Vaccination North-Western Provinces and Oudh 1878-1895 - 1878-1895
Year: 1878
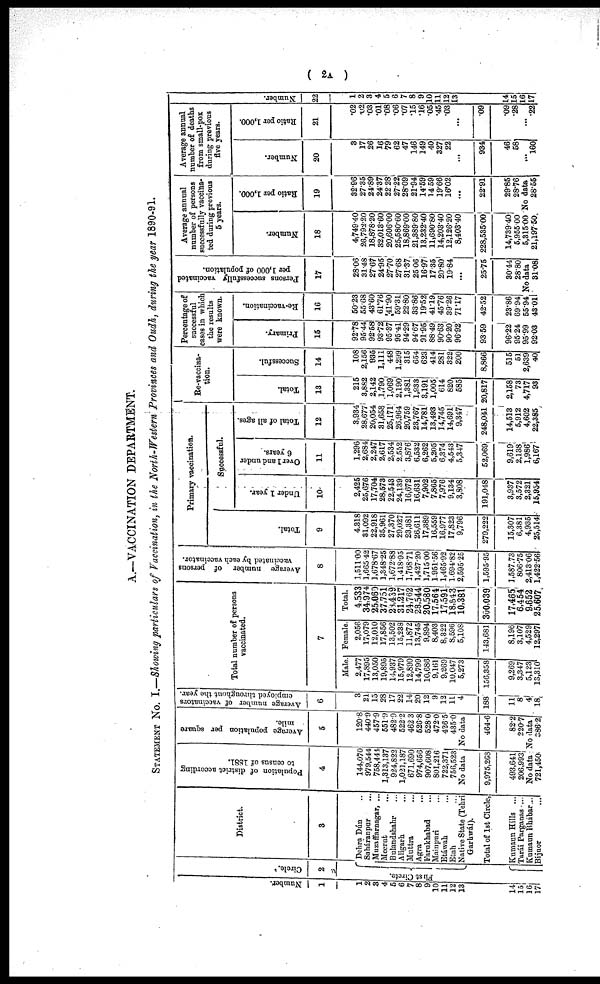
( 2A )
A.—VACCINATION DEPARTMENT.
STATEMENT No. I.—Showing particulars of Vaccination, in the North-Western Provinces and Oudh, during the year 1890-91.
Number
1
1
2
3
4
5
6
7
8
9
10
11
12
13
14
15
16
17
Circle.
2
Fi r st Ci r cl e.
District.
3
Dehra Dún ...
Saháranpur ...
Muzaffarnagar, ...
Meerut ...
Bulandshahr ...
Aligarh ...
Muttra ...
Agra ...
Farukhabad ...
Mainpuri ...
Etáwah ...
Etah ...
Native State (Tehri
Garhwál).
Total of 1st Circle,
Kumaun Hills ...
Tarái Parganas ...
Kumaun Bhábar ...
Bijnor
...
Population of district according
to census of 1881.
4
144,070
979,544
758,444
1,313,137
924,822
1,021,187
671,690
974,656
907,608
801,216
722,371
756,523
No data
9,975,268
493,641
206,993
No data
721,450
Average population per square
mile.
5
120.8
440.9
457.9
551.9
482.9
522.2
462.3
526.8
528.0
472.0
426.5
435.0
No data
464.6
82.2
220.7
No data
386.2
Average number of vaccinators
employed throughout the year.
6
3
21
15
28
17
22
14
20
12
9
12
11
4
188
11
8
4
18
Total number of persons
vaccinated.
7
Male
2,477
17,895
13,050
19,895
14,937
15,979
12,890
14,799
10,686
9,161
9,269
10,047
5,273
156,358
9,269
3,347
5,123
13,310
Female
2,056
17,079
12,010
17,856
13,502
15,238
11,872
13,745
9,894
8,403
8,322
8,596
5,108
143,681
8,196
3,107
4,529
12,297
Total.
4,533
34,974
25,060
37,751
28,439
31,217
24,762
28,544
20,580
17,564
17,591
18,643
10,381
300,039
17,465
6,454
9,652
25,607
Average number of persons
vaccinated by each vaccinator.
8
1,511.00
1,665.42
1,678.67
1,348.25
1,672.88
1,418.95
1,768.71
1,427.20
1,715.00
1,951.56
1,465.92
1,694.82
2,595.25
1,595.95
1,587.73
806.75
2,413.06
1,422.56
Primary vaccination.
Total.
9
4,318
31,092
22,918
35,961
27,370
29,027
23,381
26,611
17,389
16,559
16,977
17,823
9,796
279,222
15,307
6,381
4,935
25,514
Successful.
Under 1 year.
10
2,425
25,676
17,704
28,573
22,543
24,139
16,672
16,631
7,902
7,865
7,976
9,134
3,808
191,048
3,937
3,572
2,321
15,954
Over 1 and under
6 years.
11
1,296
2,684
2,247
2,617
2,534
2,552
3,876
6,532
6,262
5,205
6,374
4,543
5,347
52,069
9,619
2,138
1,986
6,167
Total of all ages.
12
3,934
28,677
20,054
31,658
25,171
26,964
20,759
23,767
14,781
13,493
14,745
14,691
9,347
248,041
14,513
5,912
4,602
22,385
Re-vaccina-
tion.
Total.
13
215
3,882
2,142
1,790
1,069
2,190
1,381
1,933
3,191
1,005
614
820
585
20,817
2,158
73
4,717
93
Successful.
14
108
2,156
935
1,111
448
1,299
315
654
623
414
281
322
200
8,866
515
51
2,639
40
Percentage of
successful
cases in which
the results
were known.
Primary.
15
92.78
95.44
92.58
93.72
95.37
95.41
94.29
94.67
91.95
88.49
90.63
90.20
96.92
93.59
96.22
95.24
95.99
92.03
Re-vaccination.
16
50.23
55.68
43.60
61.76
41.90
59.31
22.80
33.86
19.52
41.19
45.76
39.26
71.17
42.52
23.86
69.94
55.94
43.01
Persons successfully vaccinated
per 1,000 of population.
17
28.06
31.48
27.67
24.95
27.70
27.68
31.37
25.06
16.97
17.35
20.80
19.84
...
25.75
30.44
28.80
No data
31.08
Average annual
number of persons
successfully vaccina-
ted during previous
5 years.
Number.
18
4,749.40
26,792.20
18,878.20
32,013.60
20,606.00
25,580.60
18,869.00
21,389.80
13,232.40
11,690.80
14,203.40
12,126.20
8,403.40
228,535.00
14,739.40
5,955.00
5,315.00 21,197.50
Ratio per 1,000.
19
32.06
27.35
24.89
24.37 22.28
27.22
28.09
21.94
14.59
14.59
19.66
16.02
...
22.91
29.85
28.76
No data
28.55
Average annual
number of deaths
from small-pox
during previous
five years.
Number.
20
3
17
26
16
79
62
47
146
149
40
327
22
...
934
46
58
... 160
Ratio per 1,000.
21
.02
.02
.03
.01
.08
.06
.07
.15
.16
.05
.45
.03
...
.09
.09
.28
...
.22
Number.
22
1
2
3
4
5
6
7
8
9
10
11
12
13
14
15
16
17